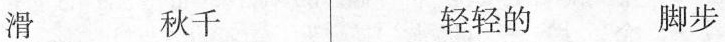
滑 秋千 轻轻的 脚步